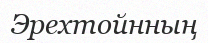
Эрехтойнның